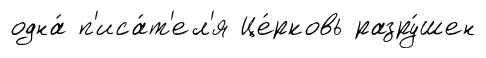
одна́ п'иса́т'ел'я Це́рковь разру́шен